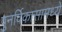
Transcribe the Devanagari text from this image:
पुनर्विकासामध्ये